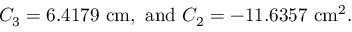
C _ { 3 } = 6 . 4 1 7 9 \ \mathrm { c m } , \ \mathrm { a n d } \ C _ { 2 } = - 1 1 . 6 3 5 7 \ \mathrm { c m } ^ { 2 } .